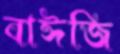
বাঈজি